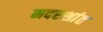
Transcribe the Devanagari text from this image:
मदरशांत